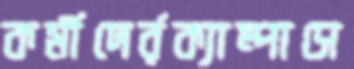
কর্মীদের্রক্যাম্পাসে